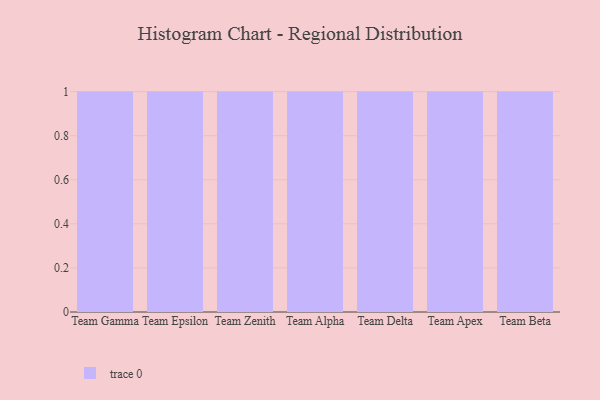
{"axis": {"x": "Team", "y": "Inventory Turnover"}, "legend": [""], "data": [{"x": "Team Gamma", "y": 23, "type": ""}, {"x": "Team Epsilon", "y": 32, "type": ""}, {"x": "Team Zenith", "y": 2, "type": ""}, {"x": "Team Alpha", "y": 61, "type": ""}, {"x": "Team Delta", "y": 54, "type": ""}, {"x": "Team Apex", "y": 9, "type": ""}, {"x": "Team Beta", "y": 59, "type": ""}]}